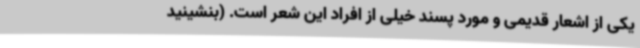
یکی از اشعار قدیمی و مورد پسند خیلی از افراد این شعر است. (بنشینید